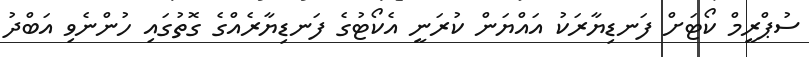
ސުޕްރީމް ކޯޓަށް ފަނޑިޔާރަކު އައްޔަން ކުރަނީ އެކޯޓުގެ ފަނޑިޔާރެއްގެ ގޮތުގައި ހުންނެވި އަބްދު